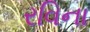
રવિના